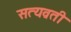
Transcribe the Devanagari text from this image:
सत्यव्रती